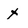
Character: X